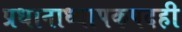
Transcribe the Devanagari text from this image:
प्रधानाध्यापकपदही